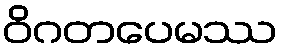
ဝိဂတပေမဿ